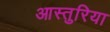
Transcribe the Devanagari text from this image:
आस्तुरिया